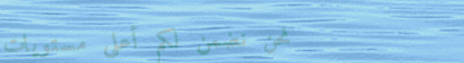
نحن نضمن لكم أعلى مستويات